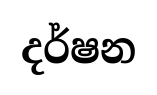
දර්ෂන